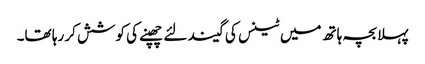
پہلا بچہ ہاتھ میں ٹینس کی گیند لئے چھپنے کی کوشش کر رہا تھا۔